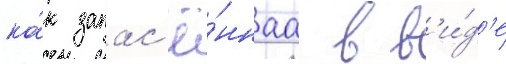
ка́к запас'ё́ннаа в в'и́д'е